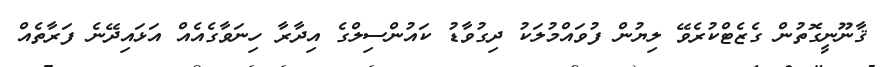
ޤާނޫނީގޮތުން ގެޒެޓްކުރެވޭ ލިޔުން ފުވައްމުލަކު ދިގުވާޑު ކައުންސިލްގެ އިދާރާ ހިނަވާގެއެއް އަޅައިދޭނެ ފަރާތެއް